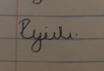
Signature authenticity: forged